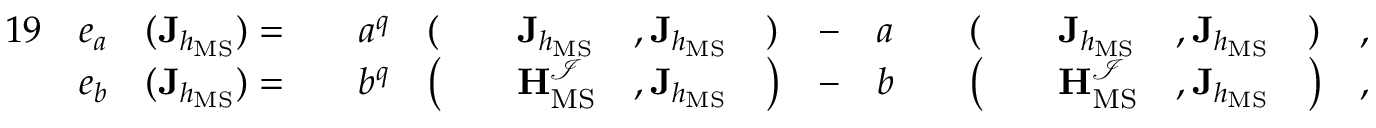
\begin{array} { r l r l r l r l r l r l r l r l r l r } { { 1 9 } } & { e _ { a } } & { ( \mathbf { J } _ { h _ { \mathrm { M S } } } ) = } & { } & { a ^ { q } } & { ( } & & { \mathbf { J } _ { h _ { \mathrm { M S } } } } & { , \mathbf { J } _ { h _ { \mathrm { M S } } } } & { ) } & { - } & { a } & & { ( } & & { \mathbf { J } _ { h _ { \mathrm { M S } } } } & { , \mathbf { J } _ { h _ { \mathrm { M S } } } } & { ) } & { , } \\ & { e _ { b } } & { ( \mathbf { J } _ { h _ { \mathrm { M S } } } ) = } & { } & { b ^ { q } } & { \big ( } & & { \mathbf { H } _ { \mathrm { M S } } ^ { \mathcal { I } } } & { , \mathbf { J } _ { h _ { \mathrm { M S } } } } & { \big ) } & { - } & { b } & & { \big ( } & & { \mathbf { H } _ { \mathrm { M S } } ^ { \mathcal { I } } } & { , \mathbf { J } _ { h _ { \mathrm { M S } } } } & { \big ) } & { , } \end{array}